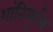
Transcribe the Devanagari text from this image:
शांतिमुर्तय